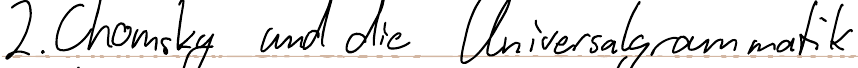
2. Chomsky und die Universalgrammatik